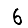
Digit: 6